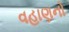
વહાણનો